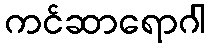
ကင်ဆာရောဂါ